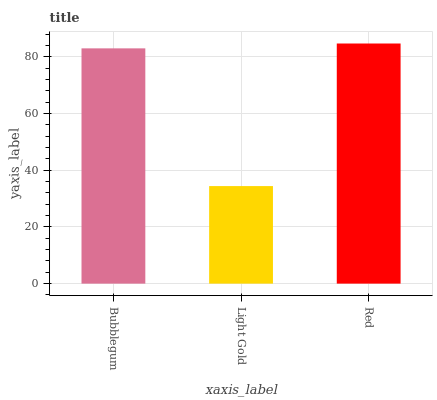
| xaxis_label | bars |
 | --- | --- |
 | Bubblegum | 83 |
 | Light Gold | 34.4 |
 | Red | 84.7 |